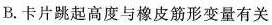
B. 卡片跳起高度与橡皮筋形变量有关